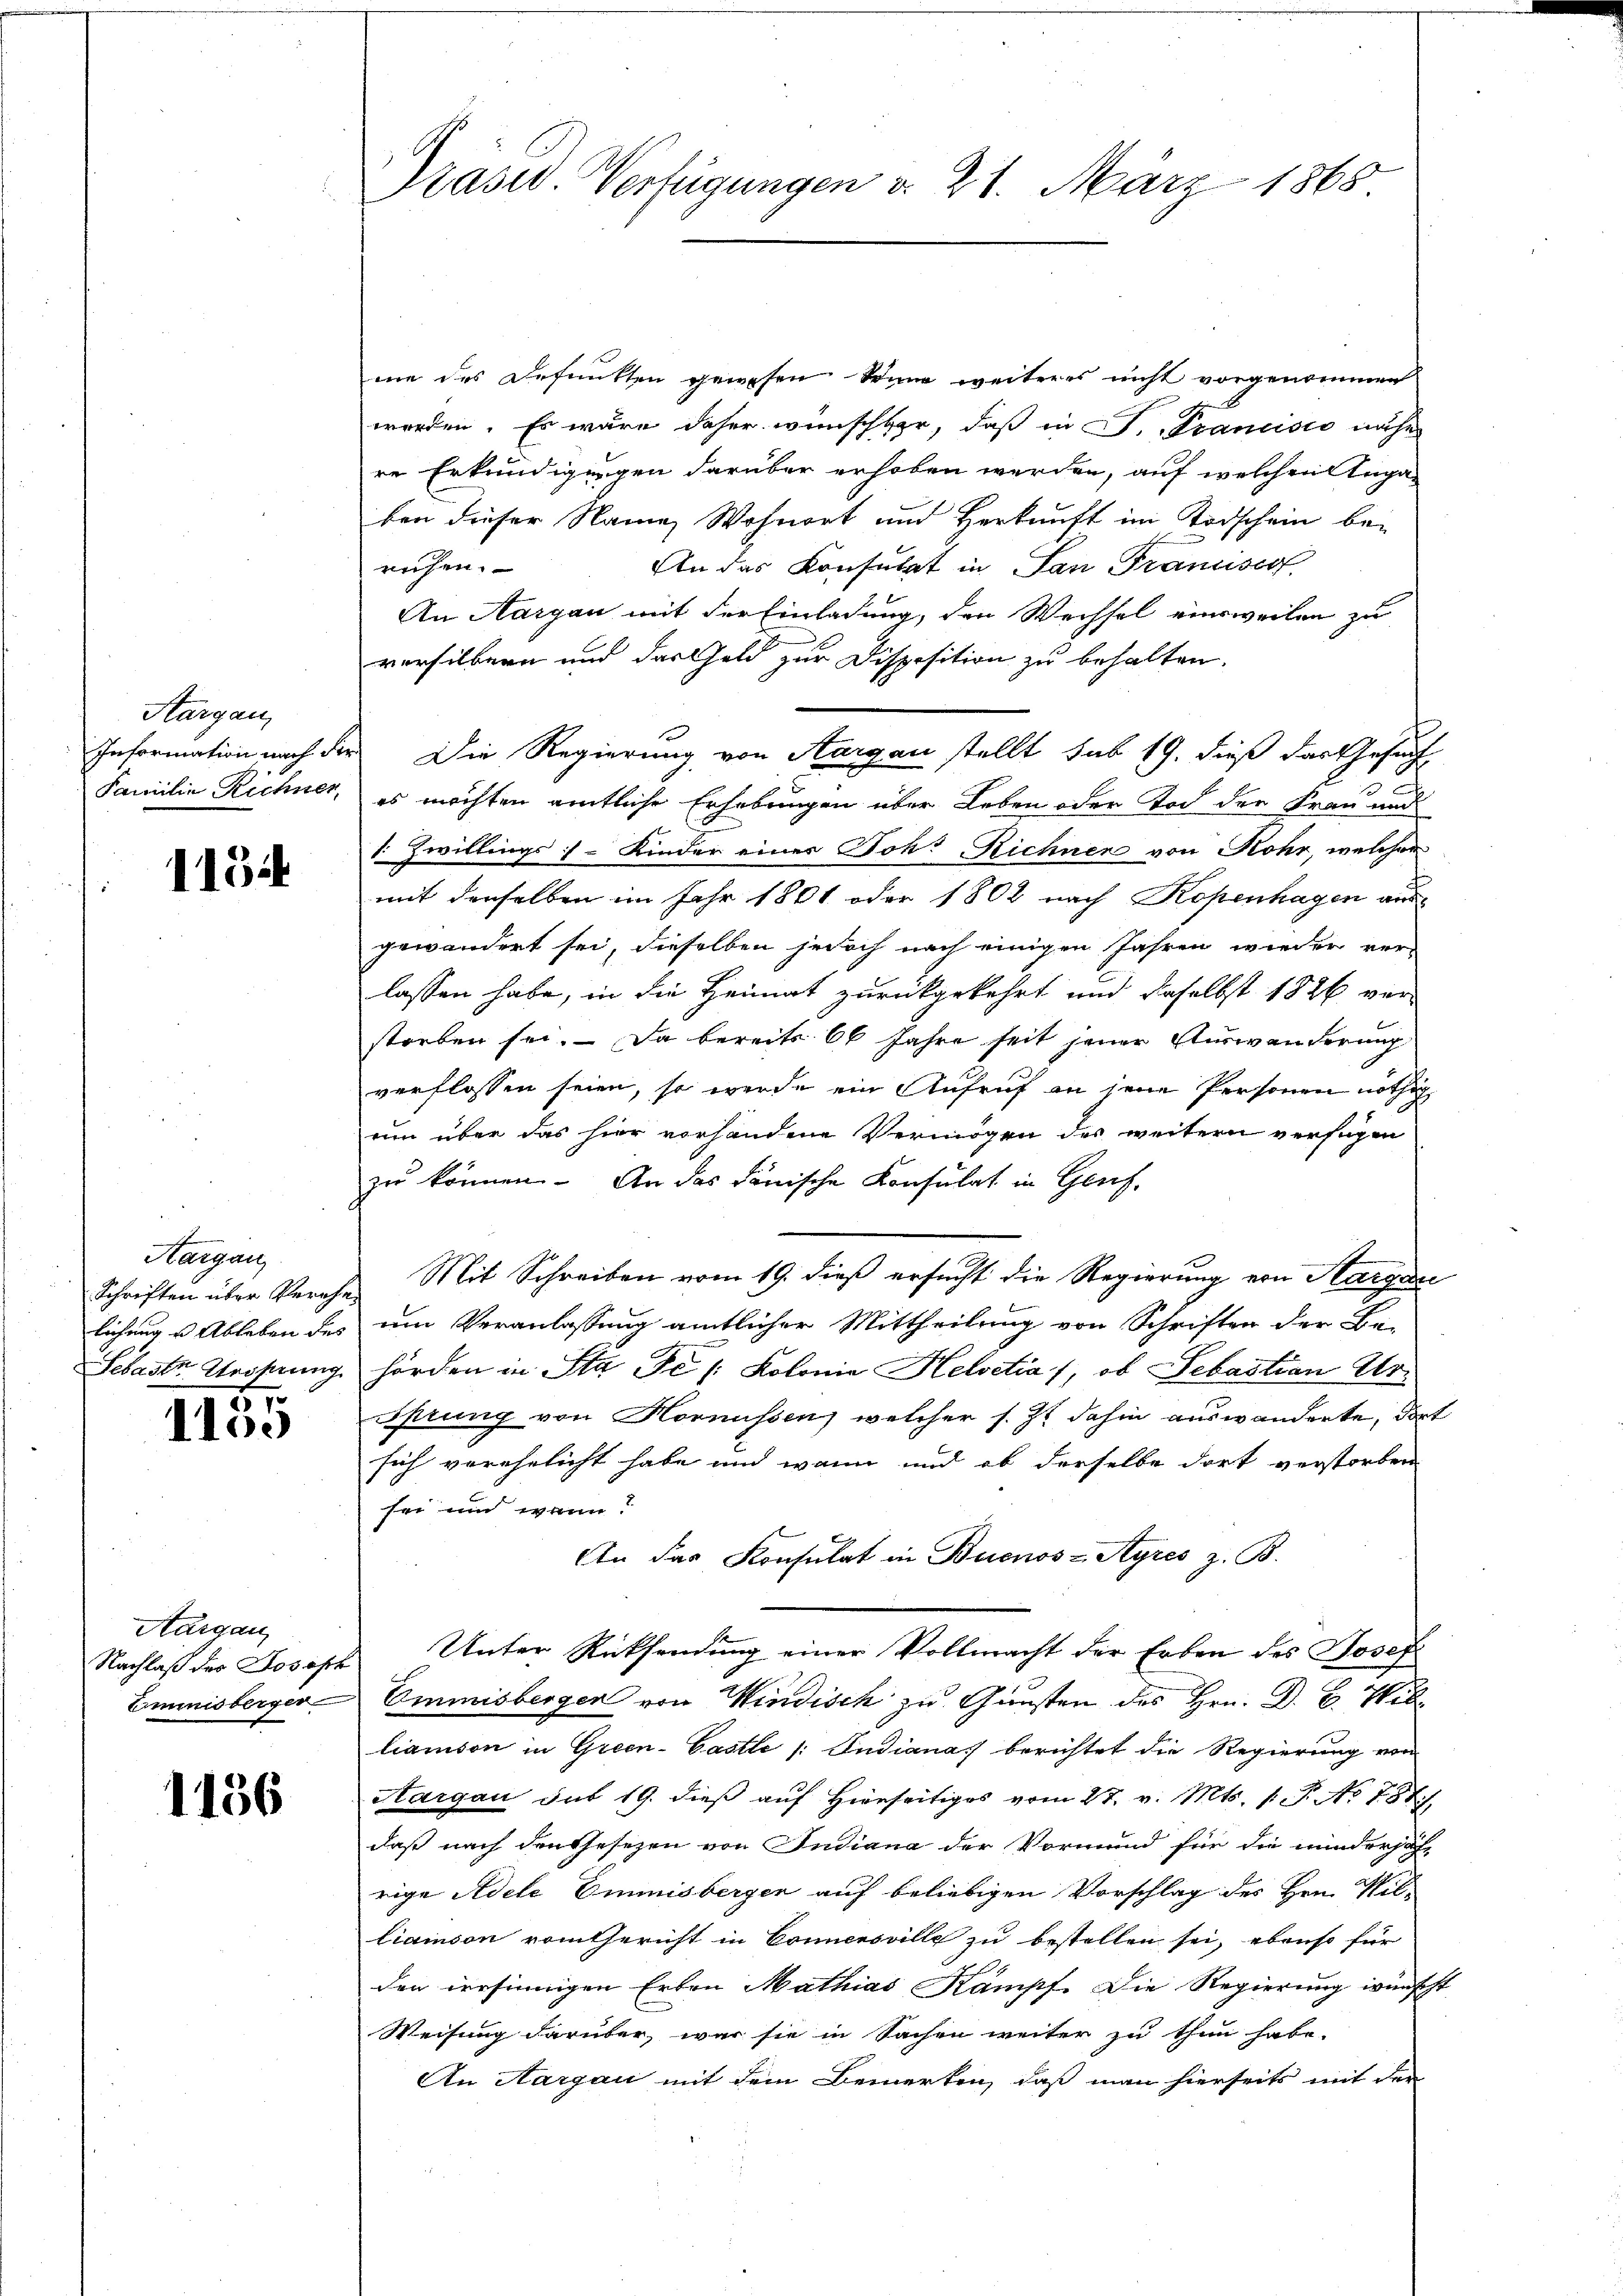
Aargau,

115

Aargau
87

1100

Aargau,

1156

mie des Befunkten gewesen Seine weiteres nicht vorgenommen
worden. Es wäre daher wünschbar, daß in J. Krancisco nähe
re Erkundigungen darüber erhoben werden, auf welchen Ingaben dieser Name Wohnort und Herkunft im Todschein bei
ruhen.
An das Konsulat in San Francisco
An Aargau mit der Einladung, den Wechsel einsweilen zu
versilbern und das Geld zur Disposition zu behalten.
Information nach der Die Regierung von Aargau stellt sub 19. dieß das Gesuch
3
2
Familie Rechner, es möchten amtliche Erhebungen über Leben oder Tod der Frau und
. Zwillings - Kinder eines Joh. Richner von Rohr, welcher
mit denselben im Jahr 1801 oder 1802 nach Kopenhagen aus-
gewändert sei, dieselben jedoch nach einigen Jahren wieder ver-
lassen habe, in die Heimat zurückgekehrt und daselbst 1826 vor
streben sei. Da bereits 60 Jahre seit jener Auswanderung
verflossen seien, so werde ein Aufruf an jene Personen nöthig
nun über das hier vorhandene Vermögen des weitern verfügen
zu können. An das danische Konsulat in Genf,
Schriften über Verehe Mit Schreiben vom 19. dieß ersucht die Regierung von Aargau
lichung u Ableben des um Veranlassung amtlicher Mittheilung von Schriften der Be-
Sebastr. Weisung hörden in Sta De /: Kolonia Helvetia 1, ob Sebastian Uriprung von Hornissen, welcher s. Z. dahin auswanderte, dort
sich vorehelicht habe und wann und ob derselbe dort verstorben
sei und wenn?
An das Konsulat in Buenos-Ayres z. B.
Nachlaβ der Joseph Unter Rücksendŭng einer Vollmacht der Erben des Josef
Emmnisberger Ommnisberger von Windisch zu Gunsten des Hrn. D. C. Williamson in Green-Castle /: Indiana berichtet die Regierung vom
Aargau sub 19. dieß auf Hierseitiges vom 27. v. Mts. 1. No 787.
daß nach den Gesezen von Indiana der Vormund für die minderjäh-
rige Adele Emmnisbergen auf beliebigen Vorschlag des Hrn. Wil-
liaison vom Gericht in Connensville zu bestellen sei, ebenso für
den irrsinnigen Erben Mathias Kampf. Die Regierung wünscht
Weisung darüber, war sie in Sachen weiter zu thun habe.
An Aargau mit dem Bemerken, daß man hierseits mit der

Präsid. Verfügungen d. 21. März 1865